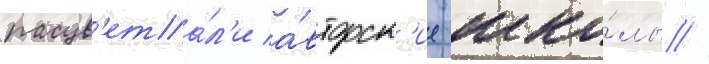
расцв'ета́л'и а́вторск'ие шко́лы //